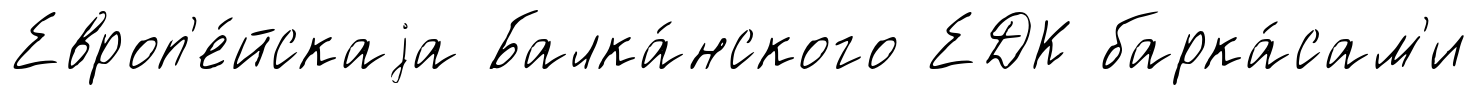
Европ'е́йскаjа Балка́нского ЕДК барка́сам'и